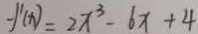
f ^ { \prime } ( x ) = 2 x ^ { 3 } - 6 x + 4